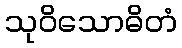
သုဝိသောဓိတံ